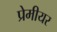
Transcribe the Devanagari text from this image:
प्रेमीयर